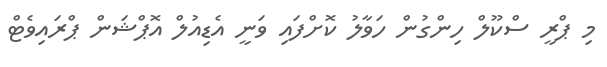
މި ޕްރީ ސްކޫލް ހިންގުން ހަވާލު ކޮށްފައި ވަނީ އެޑިއުލް އޮޕްޝަން ޕްރައިވެޓް